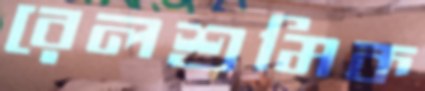
রেলশ্রমিক